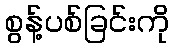
စွန့်ပစ်ခြင်းကို